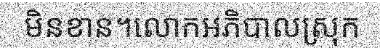
មិនខាន។លោកអភិបាលស្រុក